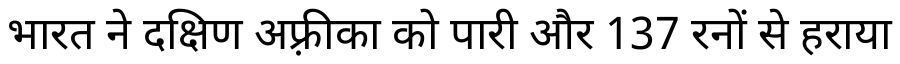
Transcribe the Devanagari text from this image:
भारत ने दक्षिण अफ़्रीका को पारी और 137 रनों से हराया